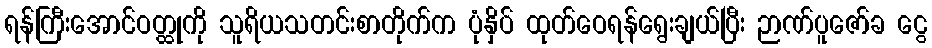
ရန်ကြီးအောင်ဝတ္ထုကို သူရိယသတင်းစာတိုက်က ပုံနှိပ် ထုတ်ဝေရန်ရွေးချယ်ပြီး ဉာဏ်ပူဇော်ခ ငွေ